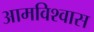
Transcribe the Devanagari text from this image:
आमविश्वास